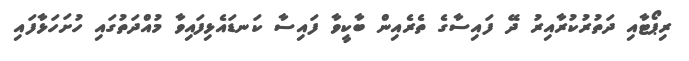
ރިޕޯޓާއި ދަތުރުކުރާއިރު ދޭ ފައިސާގެ ތެރެއިން ބާކީވާ ފައިސާ ކަނޑައެޅިފައިވާ މުއްދަތުގައި ހުށަހަޅާފައި